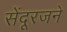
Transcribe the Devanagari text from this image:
सेंदूरजने